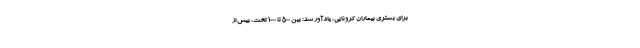
برای بستری بیماران کرونایی، یادآور شد: بین ۵۰۰ تا ۱۰۰۰ تخت، بیش از